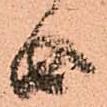
由